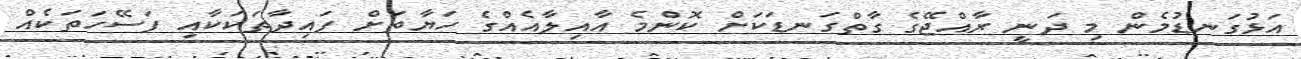
އަޅުގަނޑުމެން މި ދަނީ ރާއްޖޭގެ ގާތްގަނޑަކަށް ކޮންމެ އާއިލާއެއްގެ ހަޔާތަށް ފައިދާތަކަކާއި ފަސޭހަތަކެއް